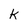
Character: k